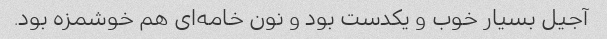
آجیل بسیار خوب و یکدست بود و نون خامه‌ای هم خوشمزه بود.